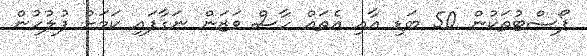
ޕޯސްޓުތަކުން 50 ބަޑި އާއި އެތައް ހާސް ވަޒަން ނަގާފައި ކަމަށް ފުލުހުން